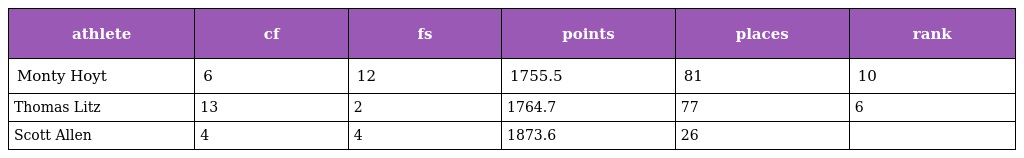
| athlete | cf | fs | points | places | rank |
 | --- | --- | --- | --- | --- | --- |
 | Monty Hoyt | 6 | 12 | 1755.5 | 81 | 10 |
 | Thomas Litz | 13 | 2 | 1764.7 | 77 | 6 |
 | Scott Allen | 4 | 4 | 1873.6 | 26 |  |